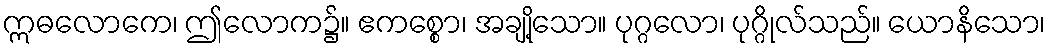
ဣဓလောကေ၊ ဤလောက၌။ ဧကစ္စော၊ အချို့သော။ ပုဂ္ဂလော၊ ပုဂ္ဂိုလ်သည်။ ယောနိသော၊